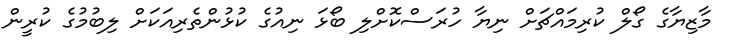
މާޒިޔާގެ ގޯލް ކުރިމައްޗަށް ނިޔާ ހުރަސްކޮށްލި ބޯޅަ ނިއުގެ ކުޅުންތެރިއަކަށް ލިބުމުގެ ކުރީން